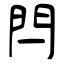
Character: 閂